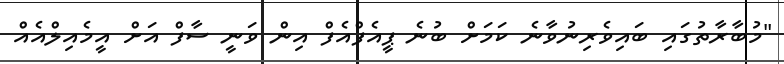
"މުބާރާތުގައި ބައިވެރިނުވާނެ ކަމަށް ބުނެ ޕީއެފްއެފް އިން ވަނީ ސާފް އަށް އީމެއިލްއެއް